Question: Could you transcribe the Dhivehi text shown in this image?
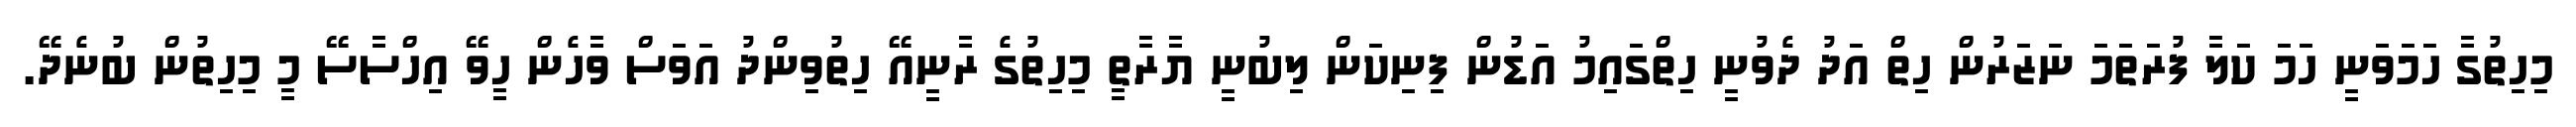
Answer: މިހިތުގާ ހަމަވަނީ ހަމަ ކަލާ ފުރަތަމަ ނަޒަރުން ހިތް އަދު ދެވުނީ ހިތްގައިމު އަޑުން ފިނިކަން ލިބުނީ ޔާރާތީ މިހިތުގެ ރާނީއޭ ހިތުވިންދު އަވަސް ވާހެން ހީވޭ އިހްސާސޭ މީ މިހިތުން ބުނެދޭ.